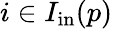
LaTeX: i\in I_{\mathrm{in}}(p)